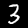
Digit: 3